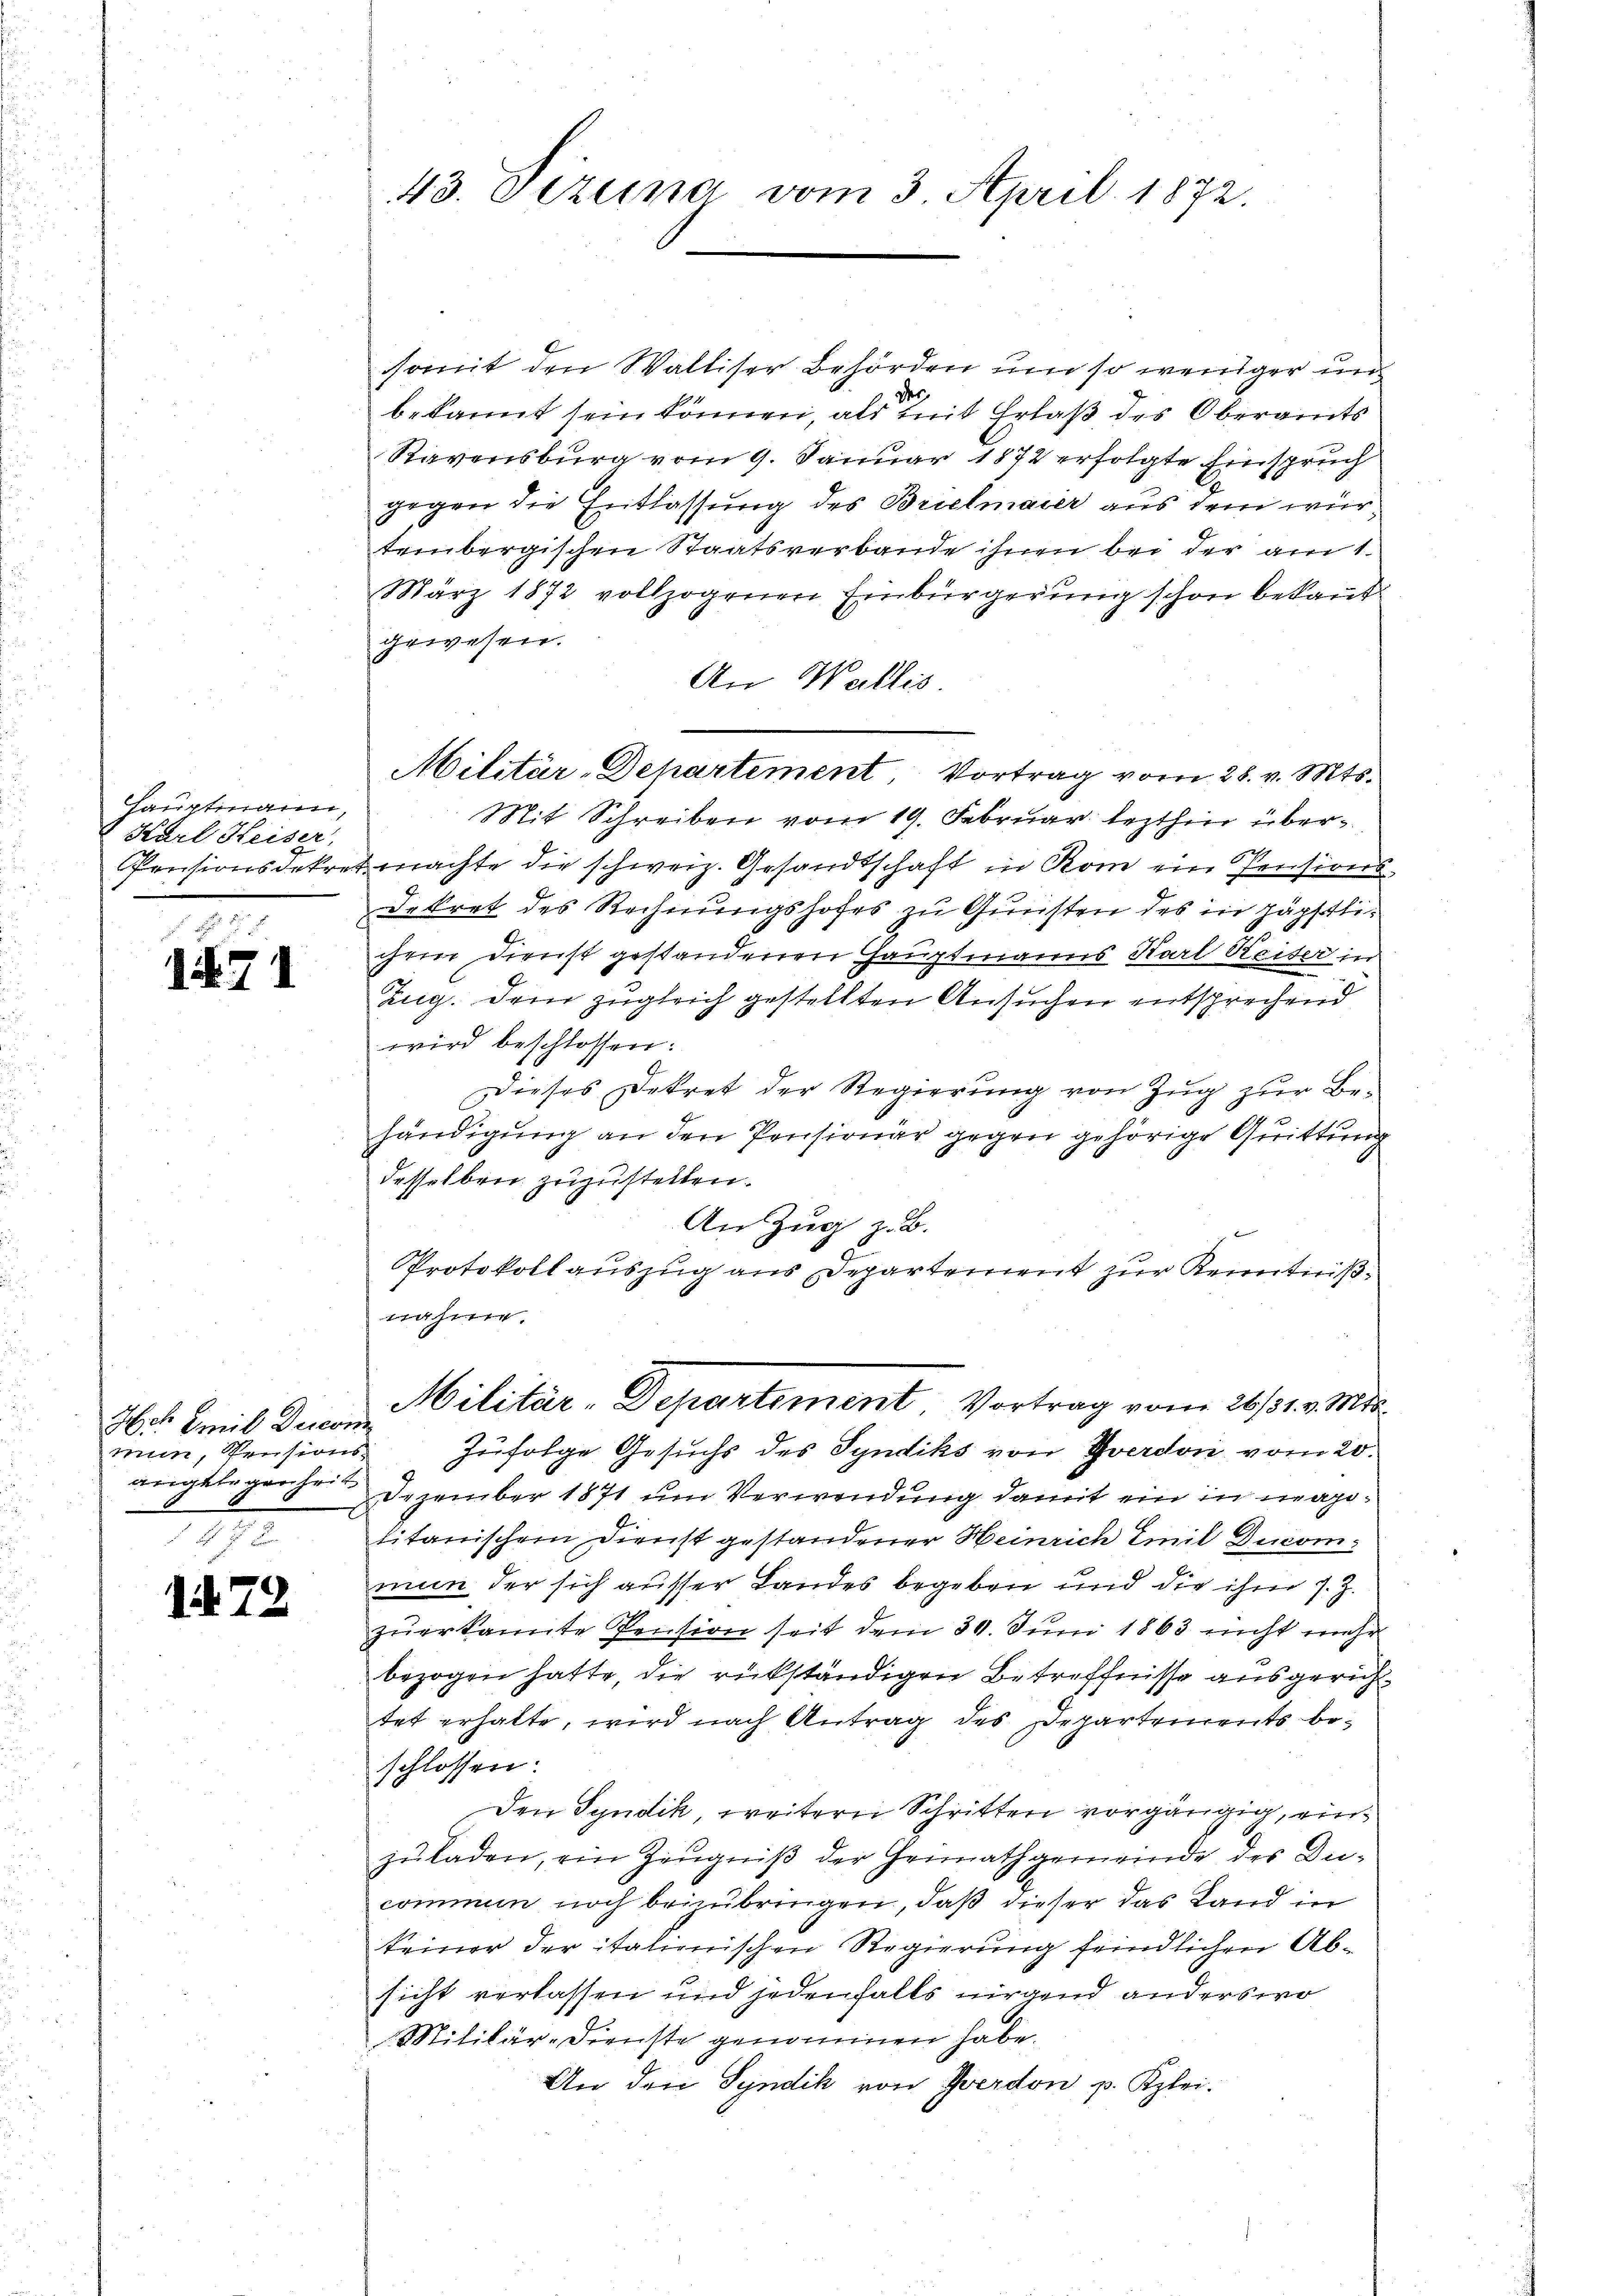
Hauptmann,
Karl Heiser,

1471

Hch. Emil Deicon
mun, Prusions
angelegenheit
E

it 78

43. Dezemme vom 3. April 1872.

somit den Walliser Behörden um so weniger und
bekannt sein können, als mit Erlaß des Oberamts
Ravensburg vom 9. Januar 1872 erfolgte Einspruch
gegen die Entlassung des Brielmaier aus dem würtembergischen Staatsverbande ihnen bei der am 1.
März 1872 vollzogenen Einbürgerung schon bekannt.
gewesen.
An Wallis.
Mit Schreiben vom 19. Februar lezthin über¬
Pensionsdekret machte die schweiz. Gesandtschaft in Rom ein Pensions-
Dekret des Rechnungshofes zu Gunsten des in päpstlichem Dienst gestandenen Hauptmanns Karl Kaiser in
Zug. Dem zugleich gestellten Ansuchen entsprechend
wird beschlossen:
Dieses Dekret der Regierung von Zŭg zŭr Be-
händigung an den Pensionär gegen gehörige Quittung
desselben zuzustellen.
An Zug z. B.
.
Protokoll auszug aus Departement zur Kenntnißnähme.

Militär-Departement, Vortrag vom 28. v. Mts.

Dezember 1871 um Verwendung damit ein in magilitanischem Dienst gestandener Heinrich Emil Ducom
mun der sich ausser Landes begeben und die ihm s. Z.
zŭerkannte Pension seit dem 30. Juni 1863 nicht mehr
bezogen hatte, die rükständigen Betreffnisse ausgerichtet erhalte, wird nach Antrag des Departements beschlossen:
Den Syndik, weitern Schritten vorgängig, einzŭladen, ein Zeugniß der Heimathgemeinde des Ducommun noch beizubringen, daß dieser das Land in
keiner der italienischen Regierung feindlichen Absicht verlassen und jedenfalls nirgend anderswo
Militär-Dienste genommen habe.
An den Syndik von Yverdon p. Klei¬

Militär-Departement. Vortrag vom 26/31. v. Mts.
Zufolge Gesuchs des Syndiks von Yverdon vom 20.